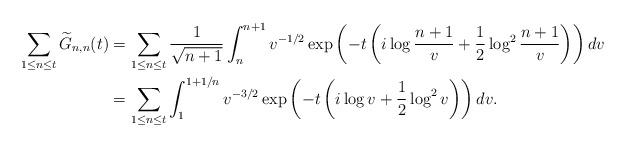
LaTeX: \begin{align*}\sum_{1\le n\le t} \widetilde{G}_{n,n}(t)&=\sum_{1\le n\le t} \frac{1}{\sqrt{n+1}} \int_n^{n+1} v^{-1/2} \exp\left(-t\left(i\log{\frac{n+1}{v}}+\frac{1}{2}\log^2{\frac{n+1}{v}}\right)\right) dv \\&=\sum_{1\le n\le t} \int_1^{1+1/n} v^{-3/2} \exp\left(-t\left(i\log v+\frac{1}{2}\log^2v\right)\right) dv.\end{align*}